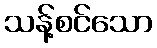
သန့်စင်သော